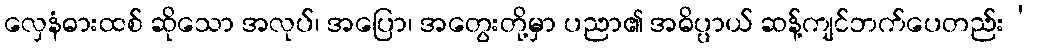
လှေနံဓားထစ် ဆိုသော အလုပ်၊ အပြော၊ အတွေးတို့မှာ ပညာ၏ အဓိပ္ပာယ် ဆန့်ကျင်ဘက်ပေတည်း’